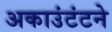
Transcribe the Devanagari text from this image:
अकाउंटंटने